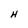
Character: H